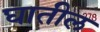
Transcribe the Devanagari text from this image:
घातील